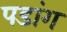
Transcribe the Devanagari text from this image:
पडांग